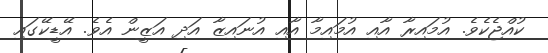
ކުއްޖެކެވެ. އުމައިރާ އާއި އުމައިމާ އާއި އުނައިޒާ އަދި އަޒީން އެވެ. އޭޑީކޭގައި